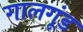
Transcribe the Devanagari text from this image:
गालगूंड